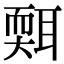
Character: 𦖩